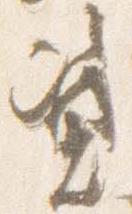
資